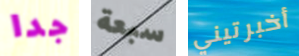
جدا سبعة أخبرتيني